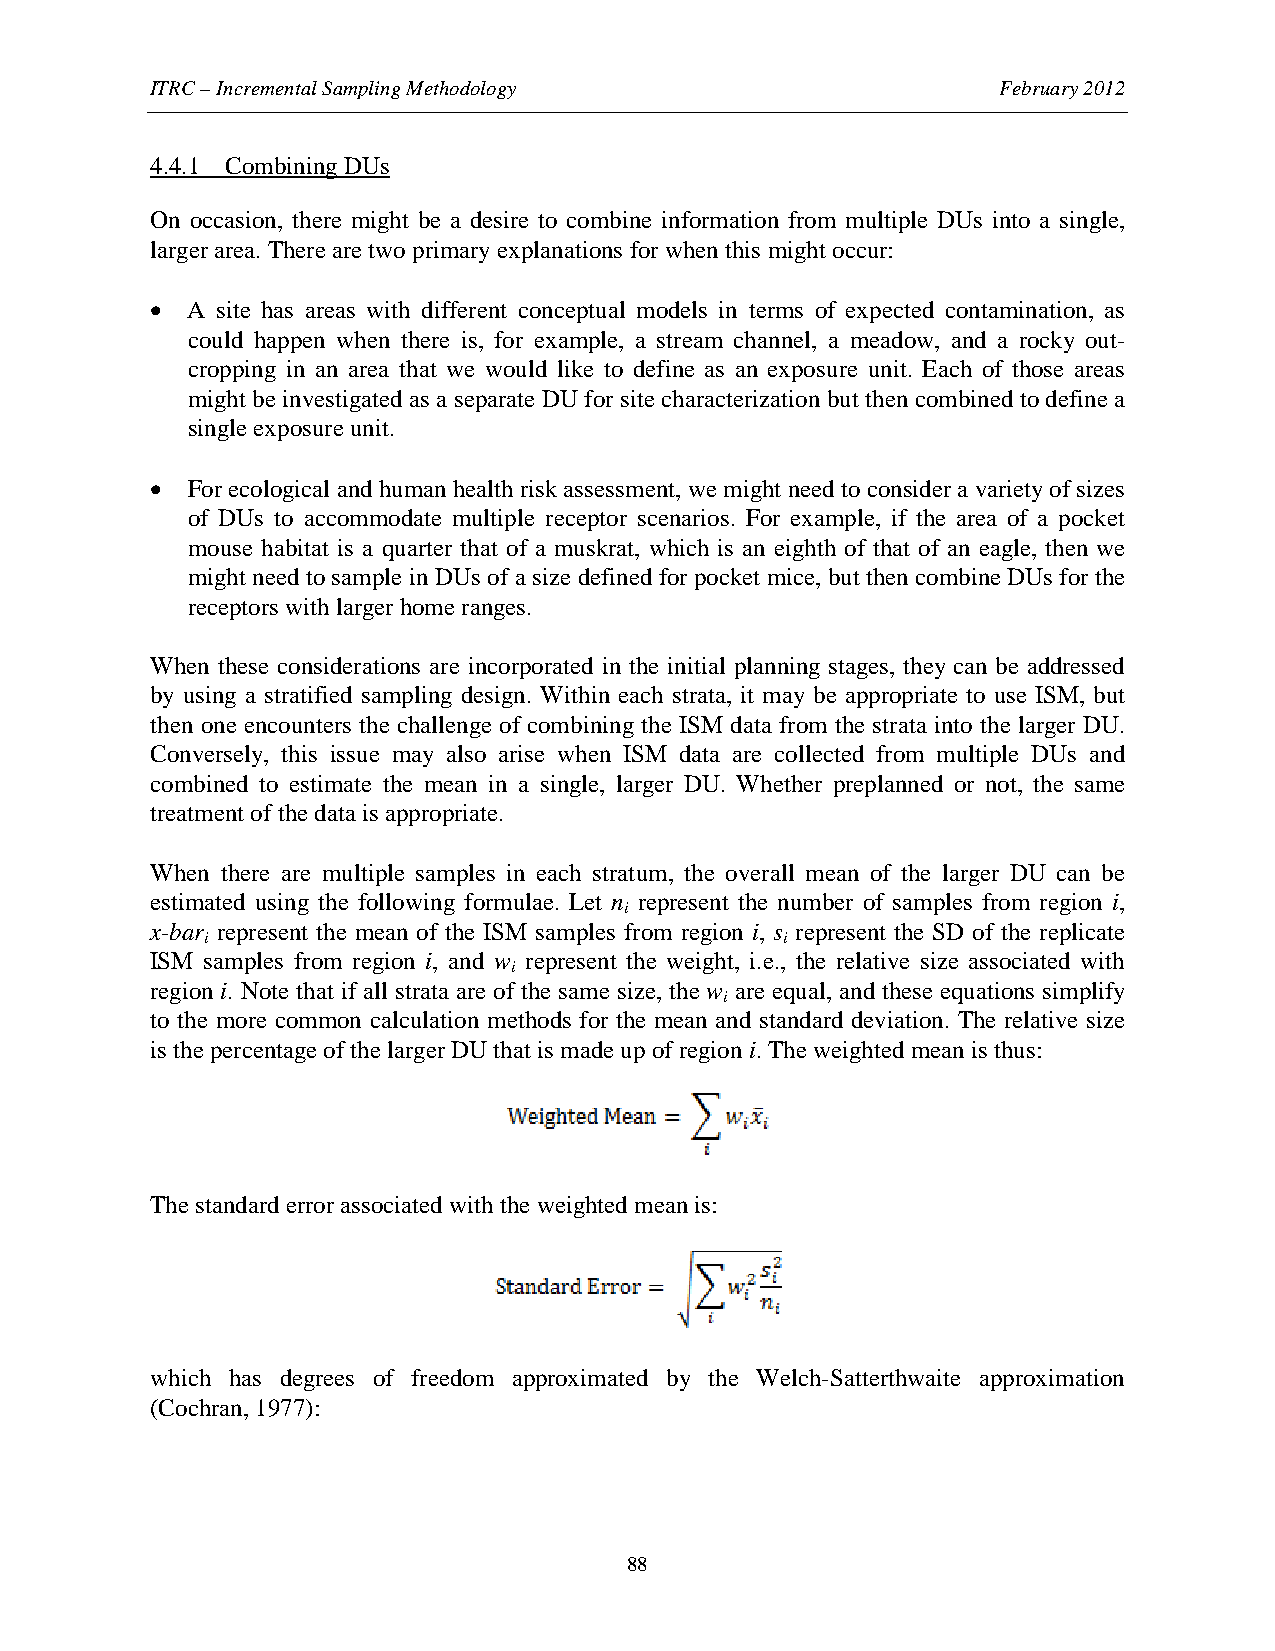
ITRC – Incremental Sampling Methodology                 February 2012
 4.4.1 Combining DUs
 On occasion, there might be a desire to combine information from multiple DUs into a single,
 larger area. There are two primary explanations for when this might occur:
 • A site has areas with different conceptual models in terms of expected contamination, as
 could happen when there is, for example, a stream channel, a meadow, and a rocky out-
 cropping in an area that we would like to define as an exposure unit. Each of those areas
 might be investigated as a separate DU for site characterization but then combined to define a
 single exposure unit.
 • For ecological and human health risk assessment, we might need to consider a variety of sizes
 of DUs to accommodate multiple receptor scenarios. For example, if the area of a pocket
 mouse habitat is a quarter that of a muskrat, which is an eighth of that of an eagle, then we
 might need to sample in DUs of a size defined for pocket mice, but then combine DUs for the
 receptors with larger home ranges.
 When these considerations are incorporated in the initial planning stages, they can be addressed
 by using a stratified sampling design. Within each strata, it may be appropriate to use ISM, but
 then one encounters the challenge of combining the ISM data from the strata into the larger DU.
 Conversely, this issue may also arise when ISM data are collected from multiple DUs and
 combined to estimate the mean in a single, larger DU. Whether preplanned or not, the same
 treatment of the data is appropriate.
 When there are multiple samples in each stratum, the overall mean of the larger DU can be
 estimated using the following formulae. Let n represent the number of samples from region i,
 i
 x-bar represent the mean of the ISM samples from region i, s represent the SD of the replicate
 i                                     i
 ISM samples from region i, and w represent the weight, i.e., the relative size associated with
 i
 region i. Note that if all strata are of the same size, the w are equal, and these equations simplify
 i
 to the more common calculation methods for the mean and standard deviation. The relative size
 is the percentage of the larger DU that is made up of region i. The weighted mean is thus:
 The standard error associated with the weighted mean is:
 which has degrees of freedom approximated by the Welch-Satterthwaite approximation
 (Cochran, 1977):
 88